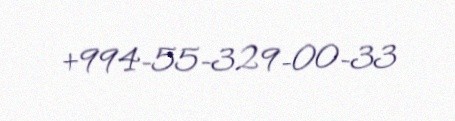
+994-55-329-00-33